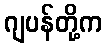
ဂျပန်တို့က